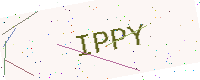
Text: IPPY